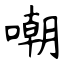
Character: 嘲